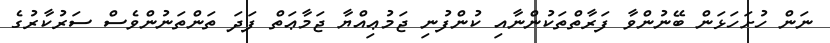
ނަން ހުށަހަޅަން ބޭނުންވާ ފަރާތްތަކުންނާއި ކުންފުނި ޖަމުޢިއްޔާ ޖަމާޢަތް ފަދަ ތަންތަނުންވެސް ސަރުކާރުގެ